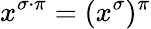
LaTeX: x^{\sigma\cdot\pi}=(x^{\sigma})^{\pi}